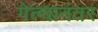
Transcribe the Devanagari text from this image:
गेल्‍यानंतर